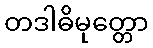
တဒါဓိမုတ္တော